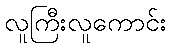
လူကြီးလူကောင်း